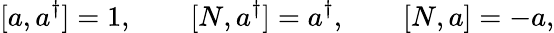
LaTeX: [a,a^{\dagger}]=1,\qquad[N,a^{\dagger}]=a^{\dagger},\qquad[N,a]=-a,